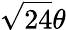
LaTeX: {\sqrt{24}}\theta